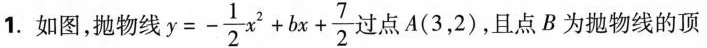
1.如图，抛物线y $$= - \frac{ 1 }{ 2 }x^{ 2 } + bx + \frac{ 7 }{ 2 }$$ 过点A(3，2)，且点B为抛物线的顶